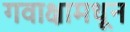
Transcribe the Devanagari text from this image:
गवाक्षामधून